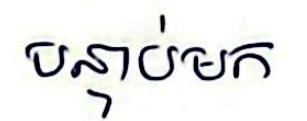
បន្ទាប់មក